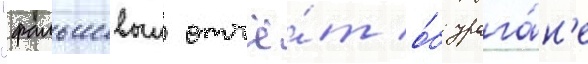
"фальшивыи отчё́т о́б урага́н'е